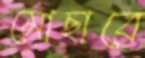
মোছাবে